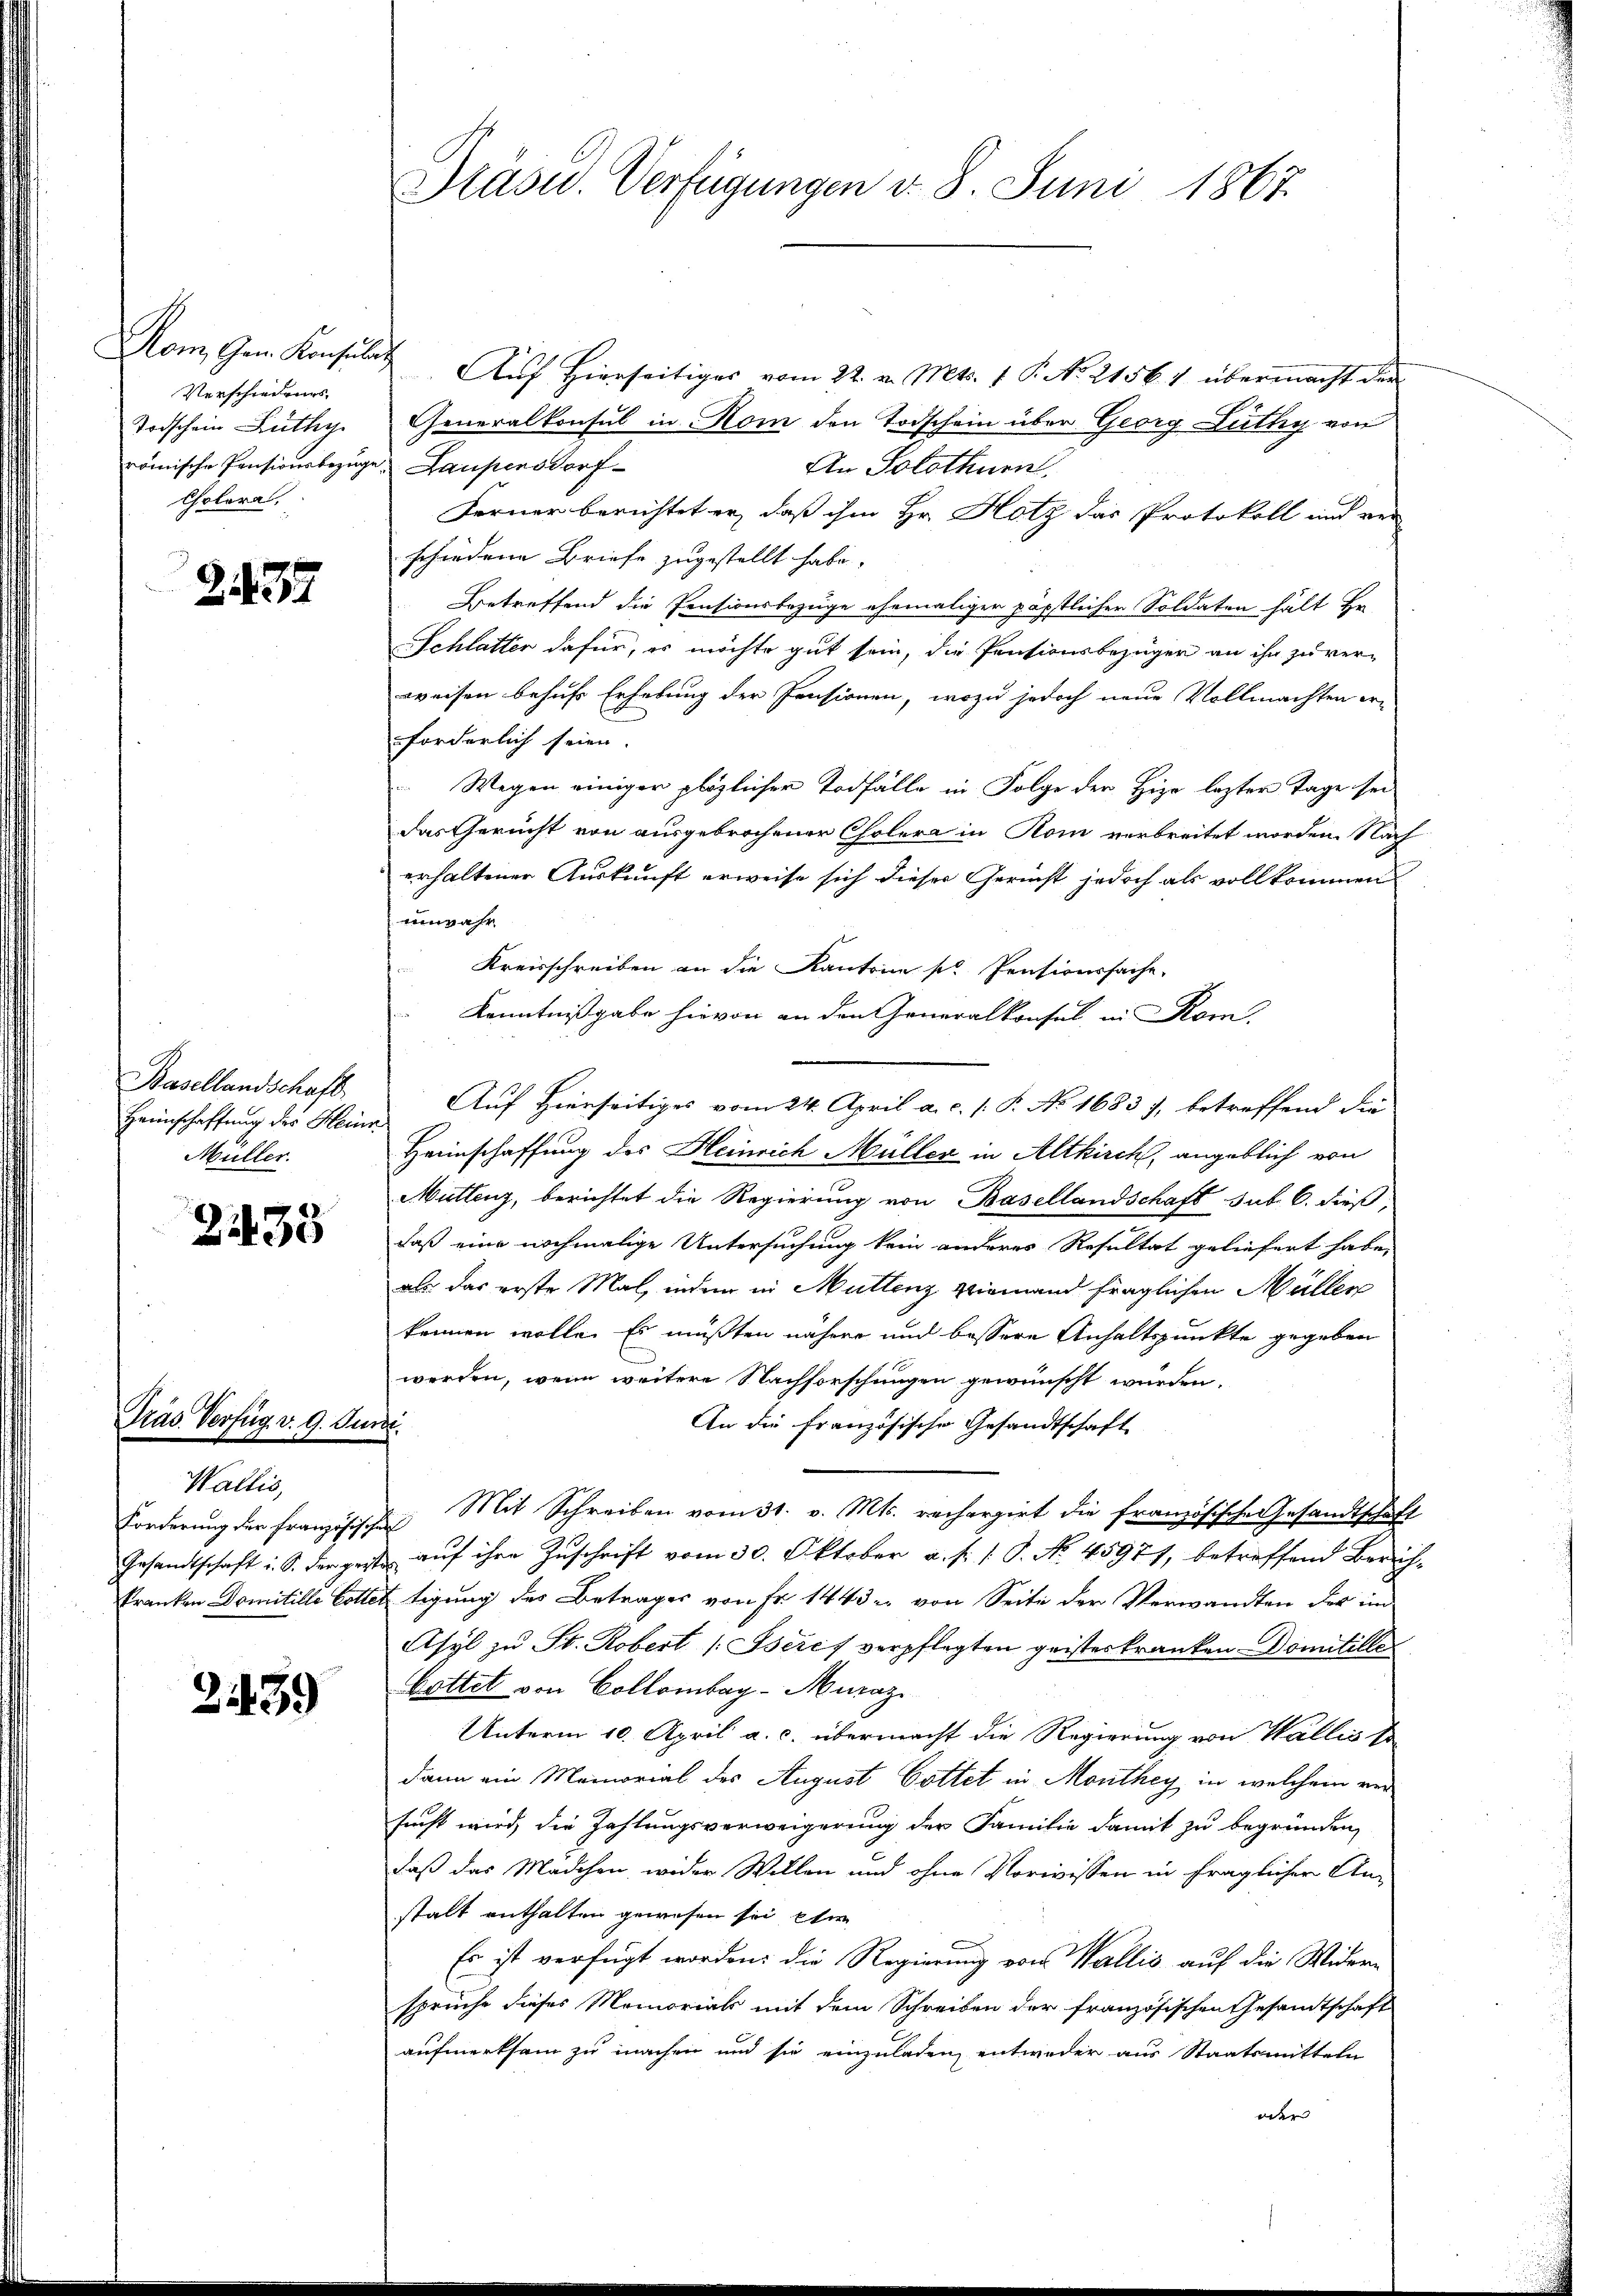
Verschiedenes
Todschein Lüthy
Cholera,

2137

Basellandschaft,
Heimschaffung des Heinr
Müller.

2433

Tras Verfüg v. 9. Juni.

Wallis,

2459

Nom Gem. Konsula Auf hierseitiges vom 22. v. Mts. 1 P. No 21567 übermacht den
Generalkonsul in Rom den Todschein über Georg Lüthy von
römische Pensionsbezüge, Laupensdorf
An Solothurn.
Ferner berichtet er, daß ihm Hr. Hotz das Protokoll und ver-
schiedene Briefe zugestellt habe,
Betreffend die Pensionsbezüge ehemaliger päpstlicher Soldaten hält Hr.
Schlatter dafür, es möchte gut sein, die Pensionsbezüger an ihn zu ver-
weisen besuche Erhebung der Pensionen, wozu jedoch neue Vollmachten er-
forderlich seien.
 Wegen einiger plötzlicher Todfälle in Folge der Hizo lezter Tage sei
das Gericht von ausgebrochener Cholera in Rom verbreitet worden. Nach
erhaltener Auskunft erweise sich dieser Gericht jedoch als vollkommen
unwahr
Kreisschreiben an die Kantone pr Pensionssache,
Kenntnißgabe hievon an den Generalkonsul in Rom.
Auf Hierseitiges vom 24. April a.c. s. P. No 1683), betreffend die
Heimschaffung des Heinrich Müller in Altkirch, angeblich von
Muttenz, berichtet die Regierung von Basellandschaft sub. C. dieß,
daß eine nochmalige Untersuchung kein anderes Resultat geliefert habe.
als das erste Mal, indem in Muttenz Niemand fraglichen Müller
kennen wolle. Es müßten nähere und bessere Anhaltspunkte gegeben
werden, wenn weitere Nachforschungen gewünscht würden.
An die französische Gesandtschaft
Forderung der Französische Mit Schreiben vom 31. v. Mts. rechargirt die französisches Gesandtschaft
Gesandtschaft i. S. dergert aŭf ihre Zŭschrift vom 30. Oktober a. f. 1. P. No. 45971, betreffend Zürichkranken Domitille Gottertigung des Betrages von Fr. 1443 u. von Seite der Verwandten der im
Asyl zu St. Robert (Iseres verpflegten geisterkranken Domitille
Gottet von Collombag-Muraz
Unterm 10. April a. c. übermacht die Regierung von Wallis so
dann ein Memorial des August Gottet in Monthey in welchem versucht wird, die Zahlungsverweigerung der Familie damit zu begründen,
daß das Mädchen, wider Wollen und ohne Vorwissen in fraglichen An-
stalt enthalten gewesen sei etw
Es ist verfügt worden; die Regierung von Wallis auf die Widern
sprüche dieses Memorials mit dem Schreiben der französischen Gesandtschaft
aufmerksam zu machen und sie einzuladen entweder aus Staatsmitteln
oder |

Präsid. Verfügungen v. 8. Juni 1867.